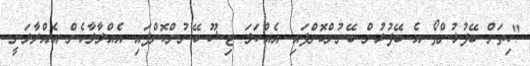
"ކިތަށް ބޭފުޅުންތޯ އެ ބޭފުޅުން ބޭނުންކޮށްފައި އެއްކަލަ ޓިޝޫ ބޭނުންކޮށްފައި އެއްލާލާހެން އެއްލާލަނީ.